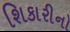
શિકારીનો